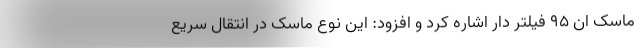
ماسک ان ۹۵ فیلتر دار اشاره کرد و افزود: این نوع ماسک در انتقال سریع